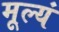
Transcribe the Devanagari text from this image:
मूल्यं